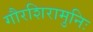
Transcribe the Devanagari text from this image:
गौरशिरामुनिः